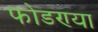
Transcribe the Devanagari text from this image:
फोडण्या